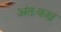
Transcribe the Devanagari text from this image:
अंतःकक्ष